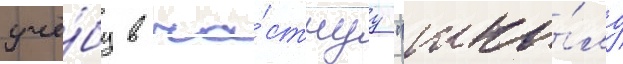
учё́бу в ча́стнуу "шко́лу